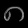
Digit: ၈